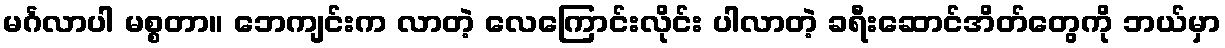
မင်္ဂလာပါ မစ္စတာ။ ဘေကျင်းက လာတဲ့ လေကြောင်းလိုင်း ပါလာတဲ့ ခရီးဆောင်အိတ်တွေကို ဘယ်မှာ